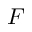
F